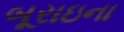
બૂરાઇના